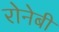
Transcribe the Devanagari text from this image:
रोनेबी